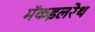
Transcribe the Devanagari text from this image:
मॅकइलरेथ